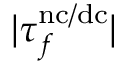
| \tau _ { f } ^ { \mathrm { n c / d c } } |